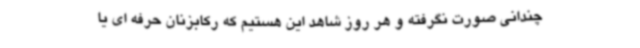
چندانی صورت نگرفته و هر روز شاهد این هستیم که رکابزنان حرفه ای یا